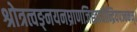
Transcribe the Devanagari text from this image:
श्रोत्रत्वङ्नयनघ्राणजिह्वाधीन्द्रियपञ्चकम्।